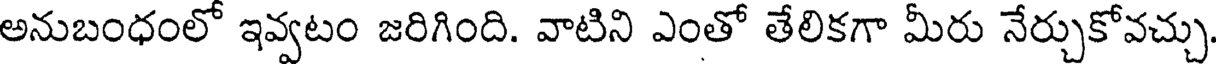
అనుబంధంలో ఇవ్వటం జరిగింది. వాటిని ఎంతో తేలికగా మీరు నేర్చుకోవచ్చు